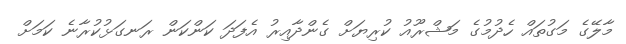
މާލޭގެ މަގުތައް ހެދުމުގެ މަޝްރޫއު ކުރިޔަށް ގެންދާއިރު އެފަދަ ކަންކަން ރަނގަޅުކުރާނެ ކަމަށް